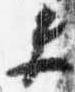
夫